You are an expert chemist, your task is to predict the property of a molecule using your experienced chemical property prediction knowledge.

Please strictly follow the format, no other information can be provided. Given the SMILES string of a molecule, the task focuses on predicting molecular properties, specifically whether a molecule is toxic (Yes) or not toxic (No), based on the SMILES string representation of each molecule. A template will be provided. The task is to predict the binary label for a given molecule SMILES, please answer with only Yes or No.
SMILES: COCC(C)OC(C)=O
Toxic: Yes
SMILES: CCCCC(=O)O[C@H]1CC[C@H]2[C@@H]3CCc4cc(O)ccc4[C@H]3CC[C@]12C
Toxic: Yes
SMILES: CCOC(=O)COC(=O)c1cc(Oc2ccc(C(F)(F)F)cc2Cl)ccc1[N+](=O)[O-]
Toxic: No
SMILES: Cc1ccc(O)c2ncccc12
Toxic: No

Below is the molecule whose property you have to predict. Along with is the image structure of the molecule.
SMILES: O=C1OC2(c3cc(Br)c(O)c(Br)c3Oc3c2cc(Br)c(O)c3Br)c2c(Cl)c(Cl)c(Cl)c(Cl)c21
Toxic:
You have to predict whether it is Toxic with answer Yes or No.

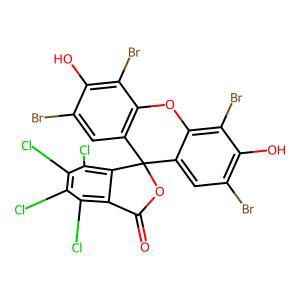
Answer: No